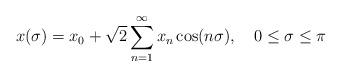
LaTeX: \begin{align*}x(\sigma)=x_{0}+\sqrt{2}\sum^{\infty}_{n=1}x_{n}\cos(n\sigma),~~~0\leq \sigma \leq\pi\end{align*}